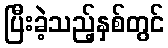
ပြီးခဲ့သည့်နှစ်တွင်